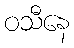
ဝသီနေ